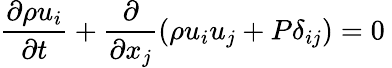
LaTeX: \frac{\partial\rho u_{i}}{\partial t}+\frac{\partial}{\partial x_{j}}(\rho u_{i}u_{j}+P\delta_{ij})=0\mathrm{~}